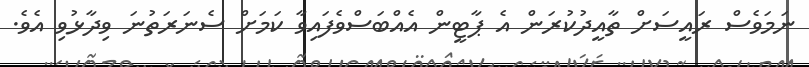
ނަމަވެސް ރައީސަށް ތާއީދުކުރަން އެ ޕާޓީން އެއްބަސްވެފައިވާ ކަމަށް ސެނަރަތުނަ ވިދާޅުވި އެވެ.